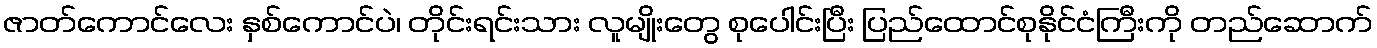
ဇာတ်ကောင်လေး နှစ်ကောင်ပဲ၊ တိုင်းရင်းသား လူမျိုးတွေ စုပေါင်းပြီး ပြည်ထောင်စုနိုင်ငံကြီးကို တည်ဆောက်